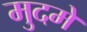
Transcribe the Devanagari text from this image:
मुदमे